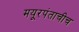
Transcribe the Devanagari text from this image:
मयूरपंताचीच